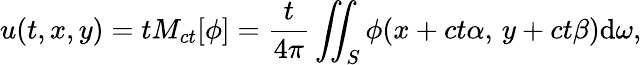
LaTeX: u(t,x,y)=tM_{ct}[\phi]={\frac{t}{4\pi}}\iint_{S}\phi(x+ct\alpha,\, y+ct\beta)\mathrm{d}\omega,